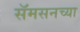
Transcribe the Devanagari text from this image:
सॅमसनच्या